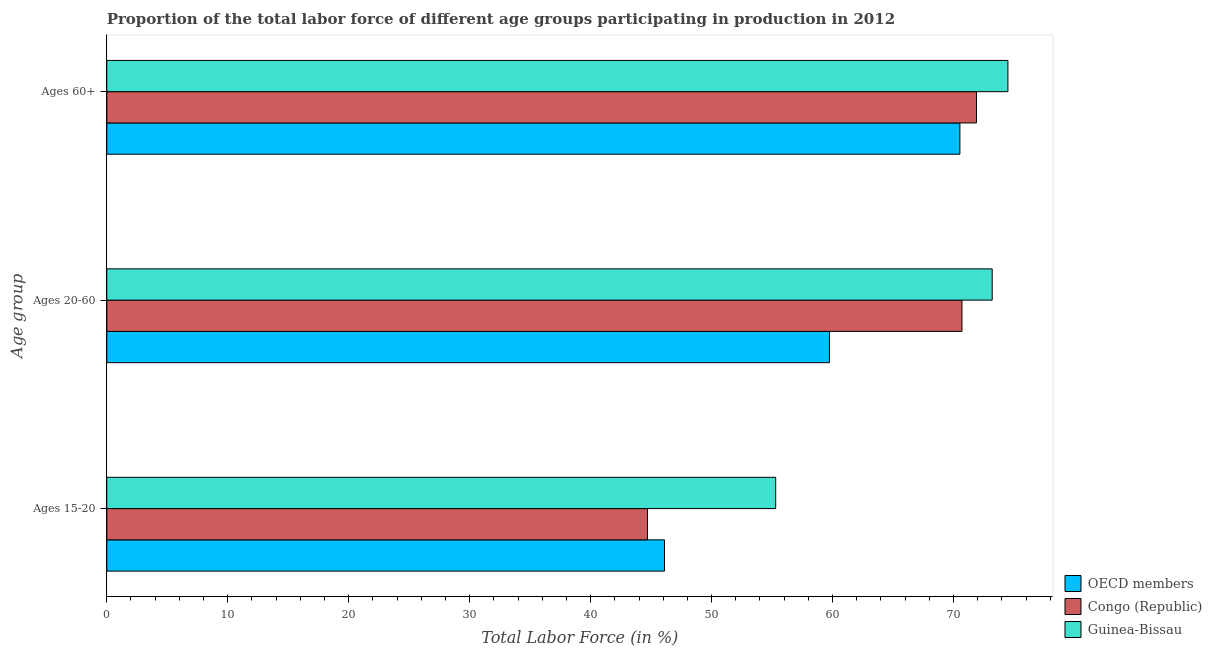
| Age group | OECD members | Congo (Republic) | Guinea-Bissau |
 | --- | --- | --- | --- |
 | Ages 15-20 | 46.1 | 44.7 | 55.3 |
 | Ages 20-60 | 59.7 | 70.7 | 73.2 |
 | Ages 60+ | 70.5 | 71.9 | 74.5 |